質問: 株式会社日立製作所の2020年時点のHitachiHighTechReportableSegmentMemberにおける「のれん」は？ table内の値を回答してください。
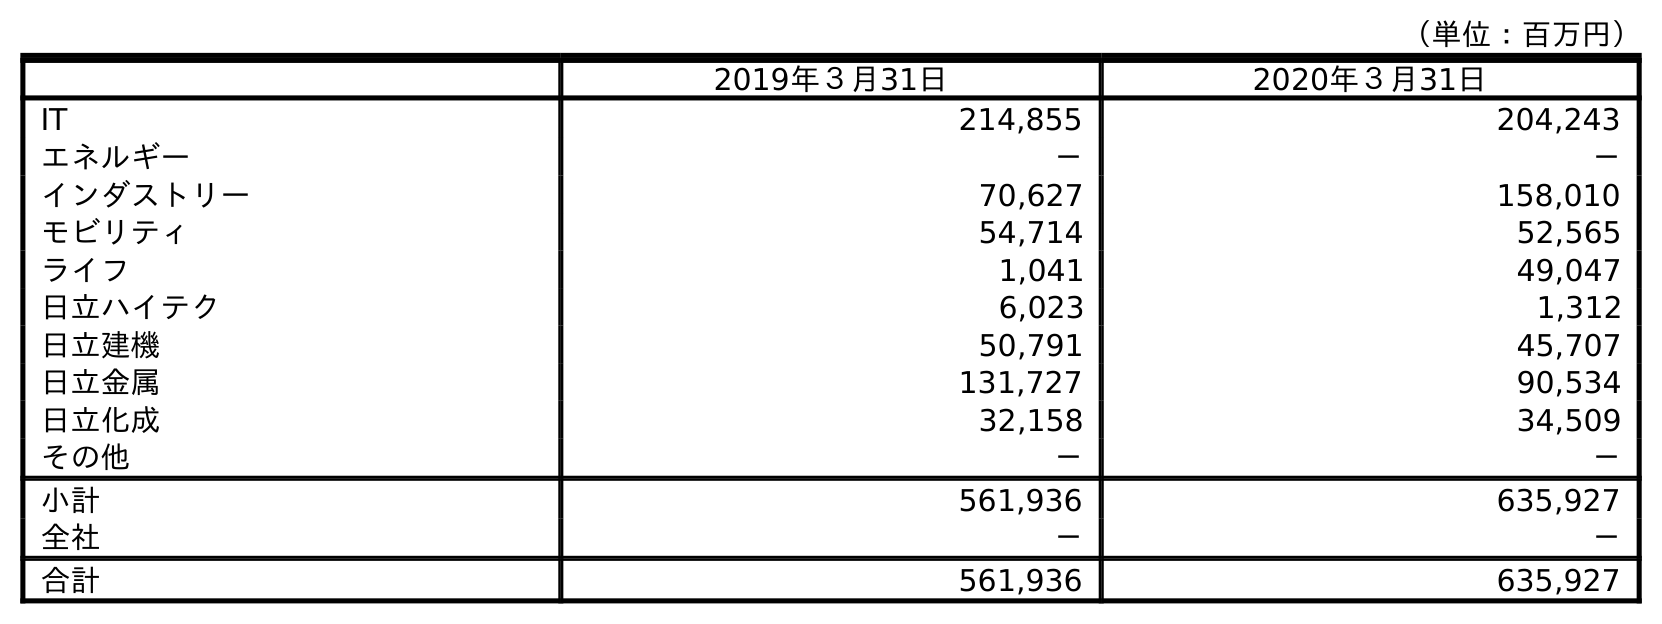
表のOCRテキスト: （単位：百万円） 2019年３月31日 2020年３月31日 IT 214,855 204,243 エネルギー － － インダストリー 70,627 158,010 モビリティ 54,714 52,565 ライフ 1,041 49,047 日立ハイテク 6,023 1,312 日立建機 50,791 45,707 日立金属 131,727 90,534 日立化成 32,158 34,509 その他 － － 小計 561,936 635,927 全社 － － 合計 561,936 635,927
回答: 1,312